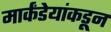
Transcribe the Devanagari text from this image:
मार्कंडेयांकडून